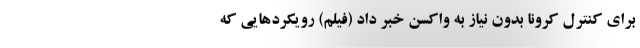
برای کنترل کرونا بدون نیاز به واکسن خبر داد (فیلم) رویکردهایی که